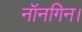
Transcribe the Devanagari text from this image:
नॉनगिन।